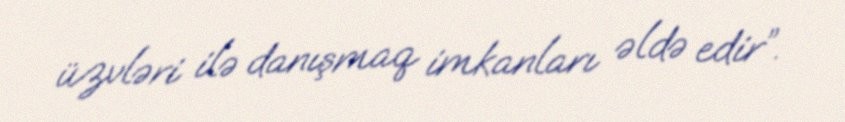
üzvləri ilə danışmaq imkanları əldə edir”.